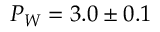
P _ { W } = 3 . 0 \pm 0 . 1